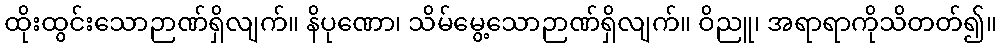
ထိုးထွင်းသောဉာဏ်ရှိလျက်။ နိပုဏော၊ သိမ်မွေ့သောဉာဏ်ရှိလျက်။ ဝိညူ၊ အရာရာကိုသိတတ်၍။